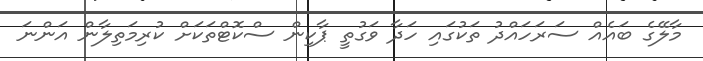
މާލޭގެ ބައެއް ސަރަހައްދު ތަކުގައި ހަދާ ވަގުތީ ޕާކިން ސްކޮޓްތަކަށް ކުރިމަތިލާން އަންނަ